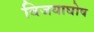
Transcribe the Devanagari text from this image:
विजयाघोष